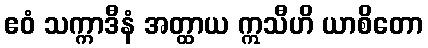
ဧဝံ သက္ကာဒီနံ အတ္ထာယ ဣသီဟိ ယာစိတော